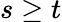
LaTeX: s\geq t